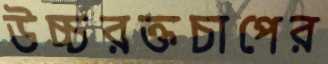
উচ্চরক্তচাপের